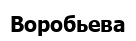
Воробьева